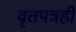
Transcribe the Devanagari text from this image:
वृत्तपत्रही